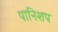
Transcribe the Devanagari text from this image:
पानिशप